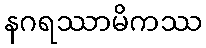
နဂရဿာမိကဿ